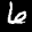
Label: 6